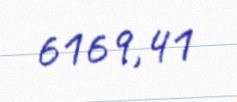
6169,41